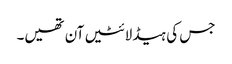
جس کی ہیڈ لائٹیں آن تھیں۔